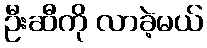
ဦးဆီကို လာခဲ့မယ်